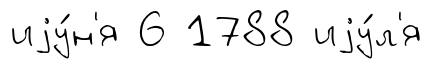
иjу́н'я 6 1788 иjу́л'я